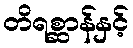
တိရစ္ဆာန်နှင့်